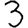
Digit: 3